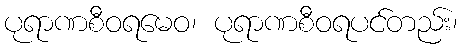
ပုရာဏစီဝရမေဝ၊ ပုရာဏစီဝရပင်တည်း၊